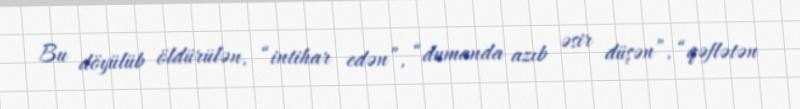
Bu döyülüb öldürülən, “intihar edən”, “dumanda azıb əsir düşən”, “qəflətən